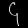
Digit: ၄